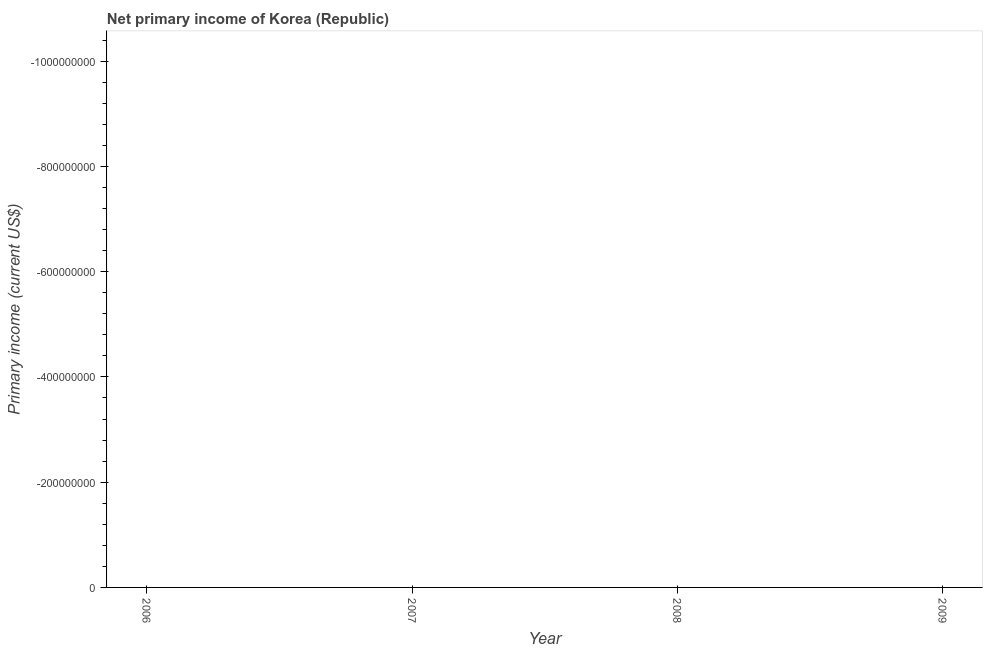
| Year | Net primary income |
 | --- | --- |
 | 2006 | -4.01e+09 |
 | 2007 | -3.41e+09 |
 | 2008 | -1.2e+09 |
 | 2009 | -2.44e+09 |